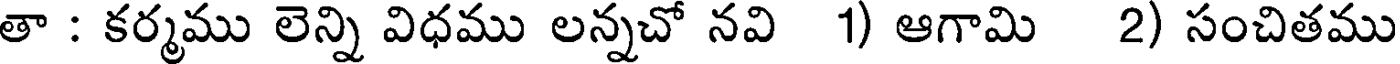
తా : కర్మము లెన్ని విధము లన్నచో నవి 1) ఆగామి 2) సంచితము